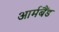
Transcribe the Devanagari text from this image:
आर्मबैंड